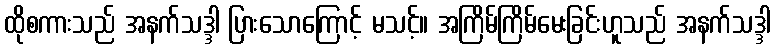
ထိုစကားသည် အနက်သဒ္ဒါ ပြားသောကြောင့် မသင့်။ အကြိမ်ကြိမ်မေးခြင်းဟူသည် အနက်သဒ္ဒါ